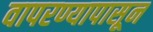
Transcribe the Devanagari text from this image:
वापरण्यापासून